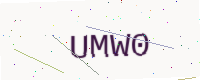
Text: UMW0